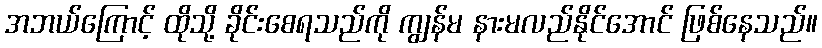
အဘယ်ကြောင့် ထိုသို့ ခိုင်းစေရသည်ကို ကျွန်မ နားမလည်နိုင်အောင် ဖြစ်နေသည်။